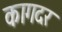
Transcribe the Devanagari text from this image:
कागदर